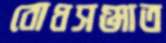
বোধসঞ্জাত